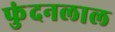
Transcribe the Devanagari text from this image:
फुंदनलाल